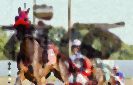
বাঁকে